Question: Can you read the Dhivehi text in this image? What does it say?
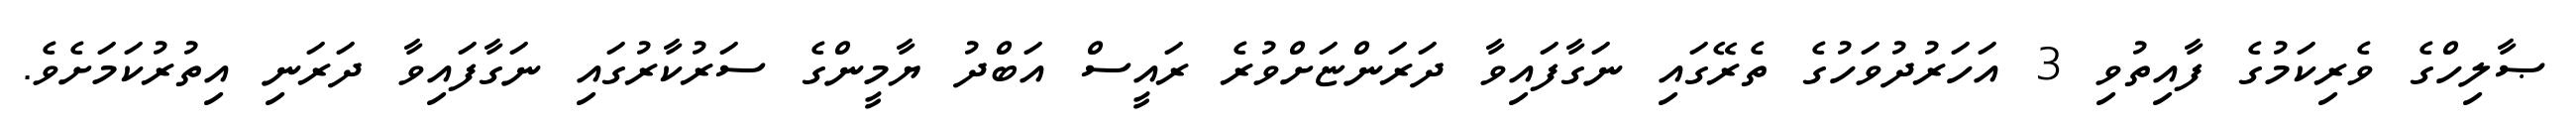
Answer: ޞާލިހްގެ ވެރިކަމުގެ ފާއިތުވި 3 އަހަރުދުވަހުގެ ތެރޭގައި ނަގާފައިވާ ދަރަންޏަށްވުރެ ރައީސް އަބްދު ޔާމީންގެ ސަރުކާރުގައި ނަގާފައިވާ ދަރަނި އިތުރުކަމަށެވެ.